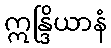
ဣန္ဒြိယာနံ